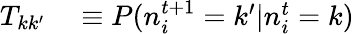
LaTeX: \begin{array}{rl}{T_{kk^{\prime}}}&{{}\equiv P(n_{i}^{t+1}=k^{\prime}|n_{i}^{t}=k)}\end{array}